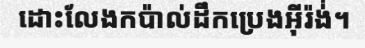
ដោះលែងកប៉ាល់ដឹកប្រេងអ៊ីរ៉ង់់។